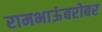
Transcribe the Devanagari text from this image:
रामभाऊंबरोबर